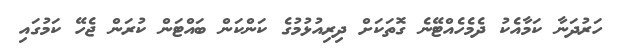
ހަރުދަނާ ކަމާއެކު ދެމެހެއްޓޭނެ ގޮތަކަށް ދިރިއުޅުމުގެ ކަންކަން ބައްޓަން ކުރަން ޖެހޭ ކަމުގައި